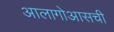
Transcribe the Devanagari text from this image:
आलागोआसची